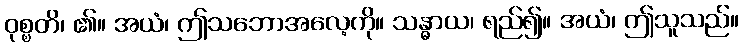
ဝုစ္စတိ၊ ၏။ အယံ၊ ဤသဘောအလေ့ကို။ သန္ဓာယ၊ ရည်၍။ အယံ၊ ဤသူသည်။